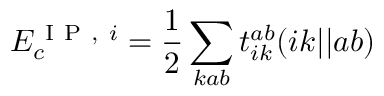
E _ { c } ^ { \mathrm { ~ I ~ P ~ , ~ } i } = \frac { 1 } { 2 } \sum _ { k a b } t _ { i k } ^ { a b } ( i k | | a b )